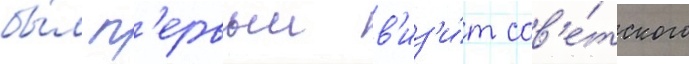
бы́л п'ервыи в'из'и́т сов'е́тского